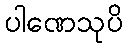
ပါဏေသုပိ